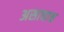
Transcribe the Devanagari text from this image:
असावाच